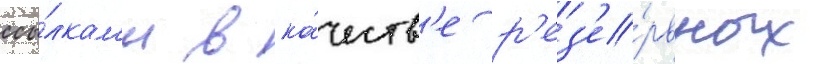
ссы́лкам'и в ка́честв'е р'ез'е́рвных